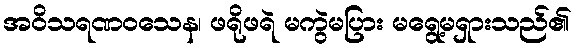
အဝိသရဏဝသေန၊ ဖရိုဖရဲ မကွဲမပြား မရွေ့မရှားသည်၏